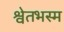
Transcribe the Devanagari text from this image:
श्वेतभस्म